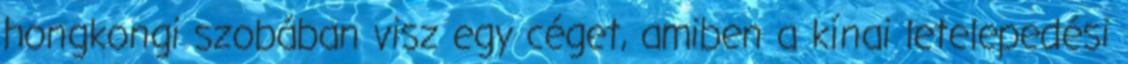
hongkongi szobában visz egy céget, amiben a kínai letelepedési